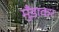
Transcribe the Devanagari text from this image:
मुँडाकर